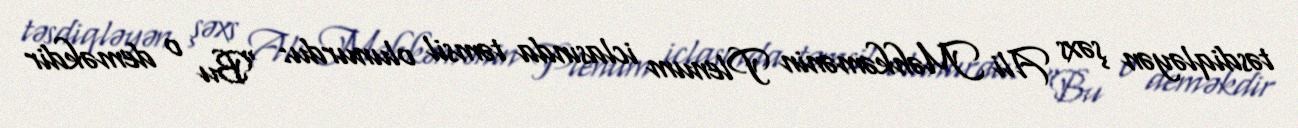
təsdiqləyən şəxs Ali Məhkəmənin Plenum iclasında təmsil olunurdu: “Bu o deməkdir